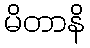
မိတာနိ